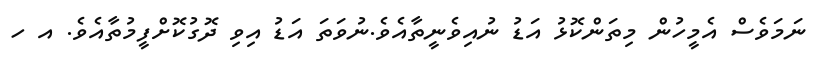
ނަމަވެސް އެމީހުން މިތަންކޮޅު އަޑު ނުއިވެނީތާއެވެ.ނުވަތަ އަޑު އިވި ދޮގުކޮށްފީމުތާއެވެ. އ ހ